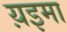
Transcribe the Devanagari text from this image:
य़इमा